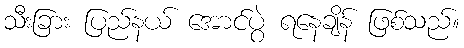
သီးခြား ပြည်နယ် အောင်ပွဲ ရနေချိန် ဖြစ်သည်။